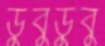
ডুবুডুবু